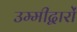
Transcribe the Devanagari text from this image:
उम्मीद्वारों